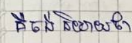
គឺចង់និយាយថា